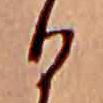
ひ